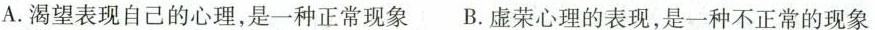
A.渴望表现自己的心理，是一种正常现象 B.虚荣心理的表现，是一种不正常的现象